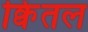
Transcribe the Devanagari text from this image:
क्विंतल